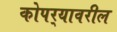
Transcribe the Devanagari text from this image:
कोपर्‍यावरील